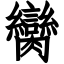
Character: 臠